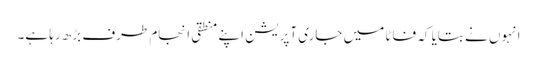
انہوں نے بتایا کہ فاٹا میں جاری آپریشن اپنے منطقی انجام طرف بڑھ رہا ہے۔